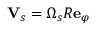
\mathbf { V } _ { s } = \Omega _ { s } R \mathbf { e } _ { \varphi }